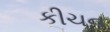
કીચન